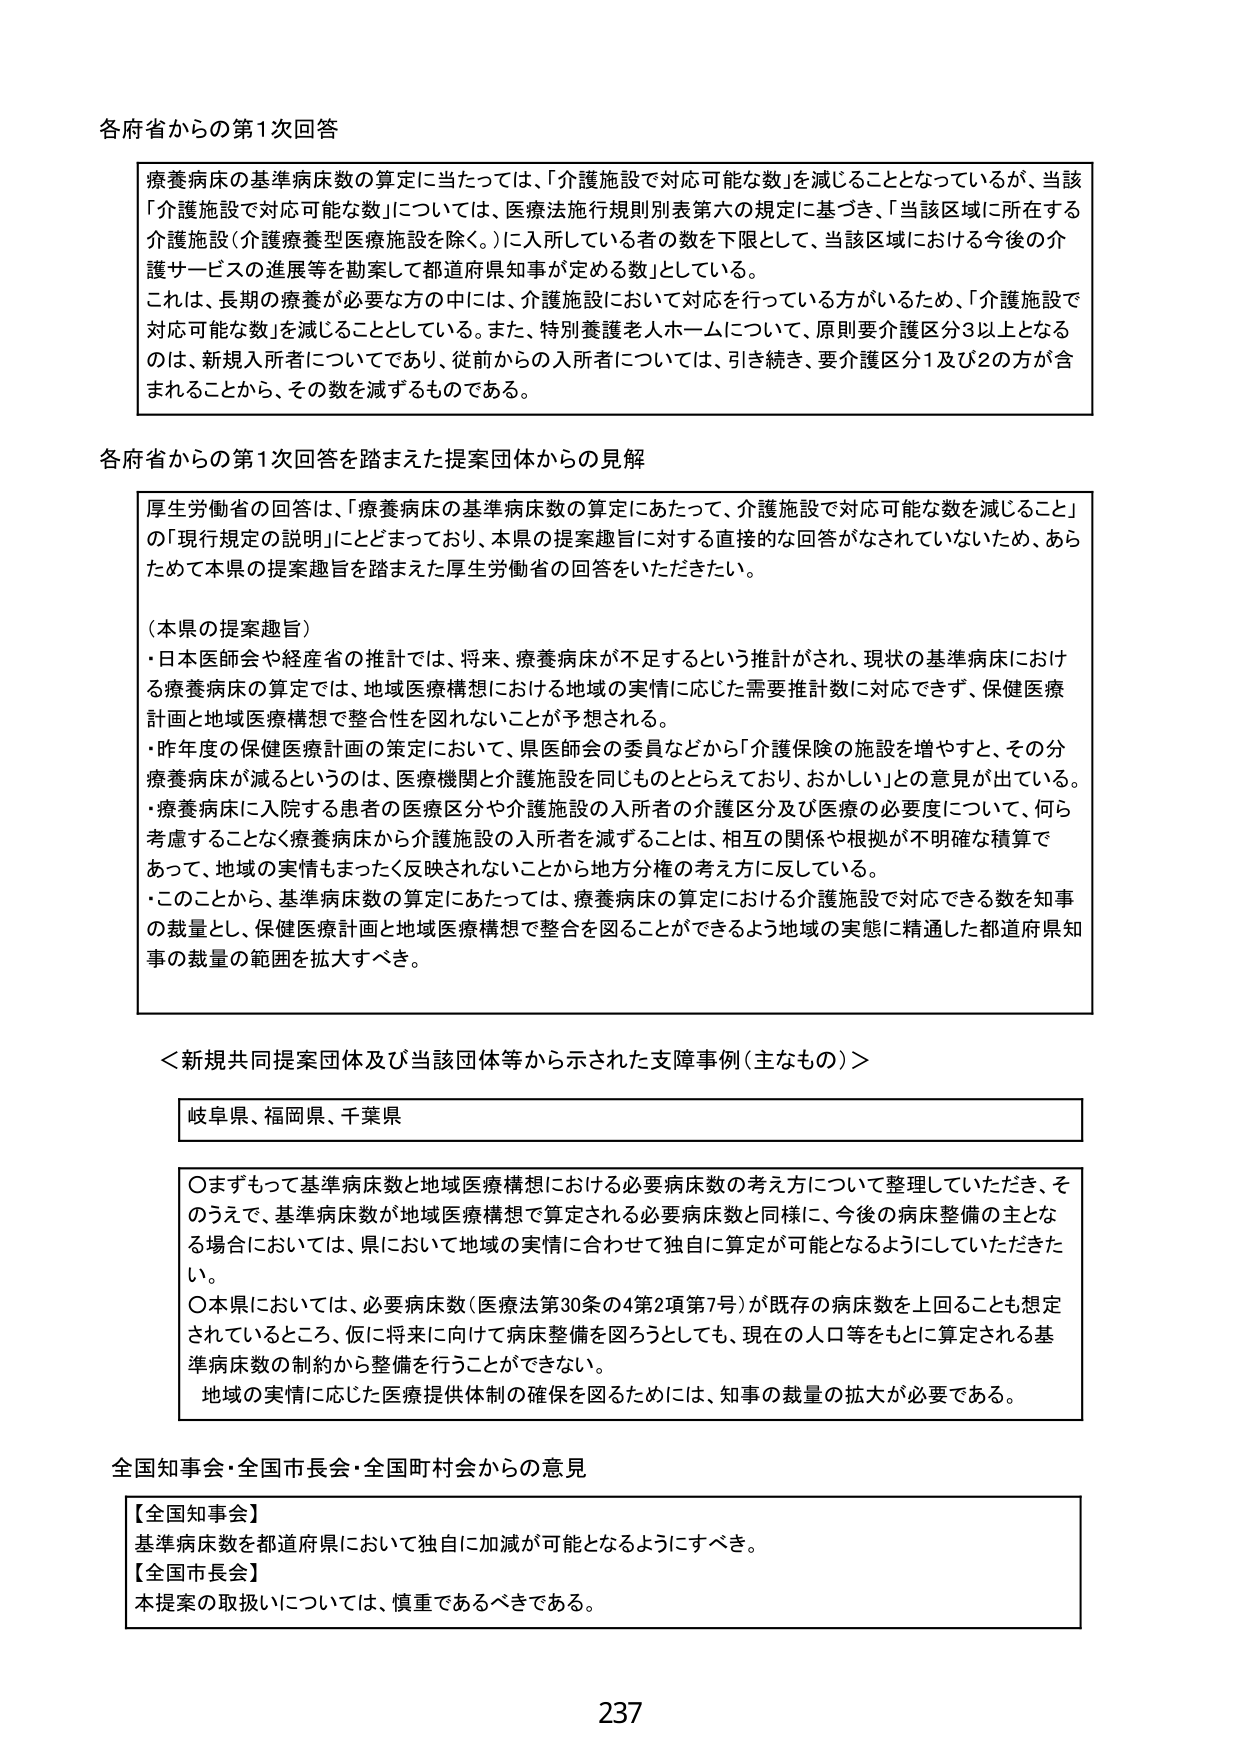
各府省からの第1次回答

療養病床の基準病床数の算定に当たっては、「介護施設で対応可能な数」を減じることとなっているが、当該「介護施設で対応可能な数」については、医療法施行規則別表第六の規定に基づき、「当該区域に所在する介護施設（介護療養型医療施設を除く。）に入所している者の数を下限として、当該区域における今後の介護サービスの進展等を勘案して都道府県知事が定める数」としている。
これは、長期の療養が必要な方の中には、介護施設において対応を行っている方がいるため、「介護施設で対応可能な数」を減じることとしている。また、特別養護老人ホームについて、原則要介護区分3以上となるのは、新規入所者についてであり、従前からの入所者については、引き続き、要介護区分1及び2の方が含まれることから、その数を減ずるものである。

各府省からの第1次回答を踏まえた提案団体からの見解

厚生労働省の回答は、「療養病床の基準病床数の算定にあたって、介護施設で対応可能な数を減じること」の「現行規定の説明」にとどまっており、本県の提案趣旨に対する直接的な回答がなされていないため、あらためて本県の提案趣旨を踏まえた厚生労働省の回答をいただきたい。

（本県の提案趣旨）
・日本医師会や経産省の推計では、将来、療養病床が不足するという推計がされ、現状の基準病床における療養病床の算定では、地域医療構想における地域の実情に応じた需要推計数に対応できず、保健医療計画と地域医療構想で整合性を図れないことが予想される。
・昨年度の保健医療計画の策定において、県医師会の委員などから「介護保険の施設を増やすと、その分療養病床が減るというのは、医療機関と介護施設を同じものととらえており、おかしい」との意見が出ている。
・療養病床に入院する患者の医療区分や介護施設の入所者の介護区分及び医療の必要度について、何ら考慮することなく療養病床から介護施設の入所者を減ずることは、相互の関係や根拠が不明確な積算であって、地域の実情もまったく反映されないことから地方分権の考え方に反している。
・このことから、基準病床数の算定にあたっては、療養病床の算定における介護施設で対応できる数を知事の裁量とし、保健医療計画と地域医療構想で整合を図ることができるよう地域の実態に精通した都道府県知事の裁量の範囲を拡大すべき。

＜新規共同提案団体及び当該団体等から示された支障事例（主なもの）＞

岐阜県、福岡県、千葉県

○まずもって基準病床数と地域医療構想における必要病床数の考え方について整理していただき、そのうえで、基準病床数が地域医療構想で算定される必要病床数と同様に、今後の病床整備の主となる場合においては、県において地域の実情に合わせて独自に算定が可能となるようにしていただきたい。
○本県においては、必要病床数（医療法第30条の4第2項第7号）が既存の病床数を上回ることも想定されているところ、仮に将来に向けて病床整備を図ろうとしても、現在の人口等をもとに算定される基準病床数の制約から整備を行うことができない。
地域の実情に応じた医療提供体制の確保を図るためには、知事の裁量の拡大が必要である。

全国知事会・全国市長会・全国町村会からの意見

【全国知事会】
基準病床数を都道府県において独自に加減が可能となるようにすべき。
【全国市長会】
本提案の取扱いについては、慎重であるべきである。

237